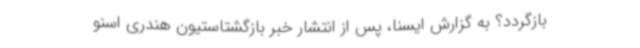
بازگردد؟ به گزارش ایسنا، پس از انتشار خبر بازگشتاستیون هندری اسنو